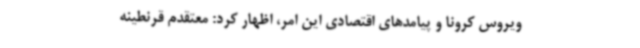
ویروس کرونا و پیامدهای اقتصادی این امر، اظهار کرد: معتقدم قرنطینه